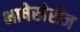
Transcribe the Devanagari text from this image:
भाषेखेरीज